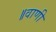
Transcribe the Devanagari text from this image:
॥वाणी